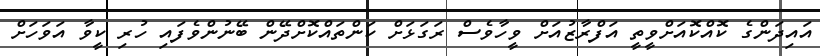
އައިދަންގެ ކޮއްކޮއަށްވީތީ އަފްރާޒުއަށް ވީހާވެސް ރަގަޅަށް ކަންތައްކޮށްދޭން ބޭނުންވެފައި ހުރި ކީވާ އަވަހަށް